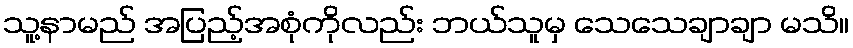
သူ့နာမည် အပြည့်အစုံကိုလည်း ဘယ်သူမှ သေသေချာချာ မသိ။